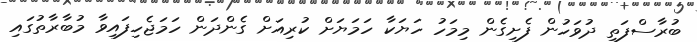
ބުރާސްފަތި ދުވަހުން ފެށިގެން މިމަހު ހަޔަކާ ހަމަޔަށް ކުރިއަށް ގެންދަން ހަމަޖެހިފައިވާ މުބާރާތުގައި